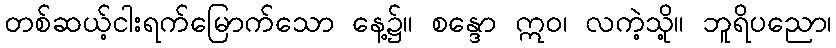
တစ်ဆယ့်ငါးရက်မြောက်သော နေ့၌။ စန္ဒော ဣဝ၊ လကဲ့သို့။ ဘူရိပညော၊